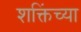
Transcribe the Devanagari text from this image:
शक्तिंच्या